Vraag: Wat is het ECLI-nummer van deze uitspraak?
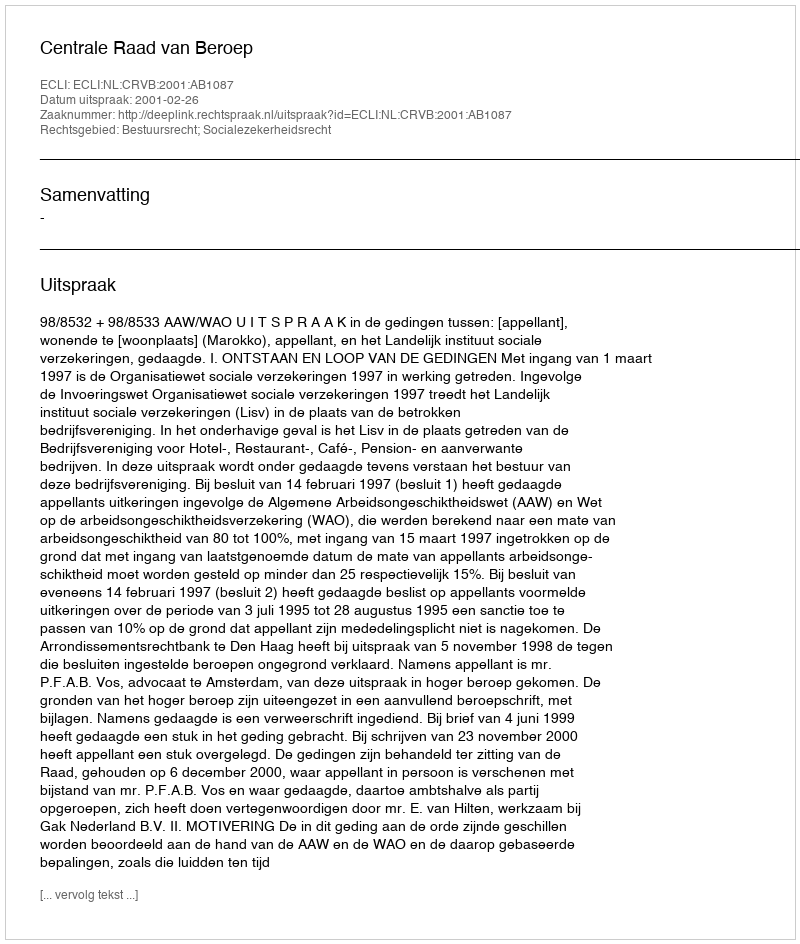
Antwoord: ECLI:NL:CRVB:2001:AB1087